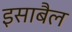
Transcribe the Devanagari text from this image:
इसाबैल